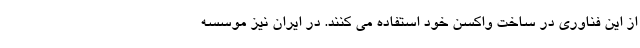
از این فناوری در ساخت واکسن خود استفاده می کنند. در ایران نیز موسسه